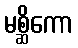
မစ္ဆိကော